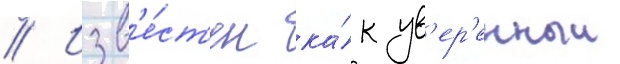
// Изв'е́ст'ен ка́к ув'ер'енныи